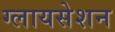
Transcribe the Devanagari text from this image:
ग्लायसेशन